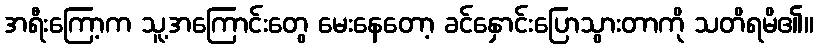
အရီးကြော့က သူ့အကြောင်းတွေ မေးနေတော့ ခင်နှောင်းပြောသွားတာကို သတိရမိ၏။